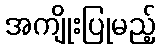
အကျိုးပြုမည့်